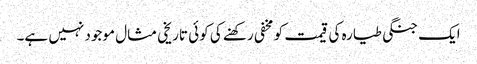
ایک جنگی طیارہ کی قیمت کو مخفی رکھنے کی کوئی تاریخی مثال موجود نہیں ہے۔